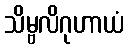
သိမ္ဗလိဂုဟာယံ